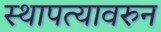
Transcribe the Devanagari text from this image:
स्थापत्यावरुन